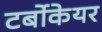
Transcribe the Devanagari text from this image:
टर्बोकेयर